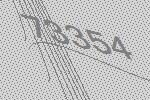
73354